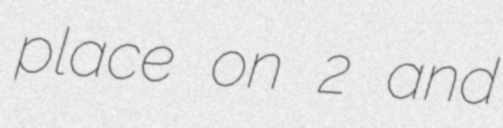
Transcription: place on 2 and